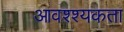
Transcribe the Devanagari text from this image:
आवश्श्यकता